Sketch of the medical history of the native army of Bombay, for the year
Year: 1876
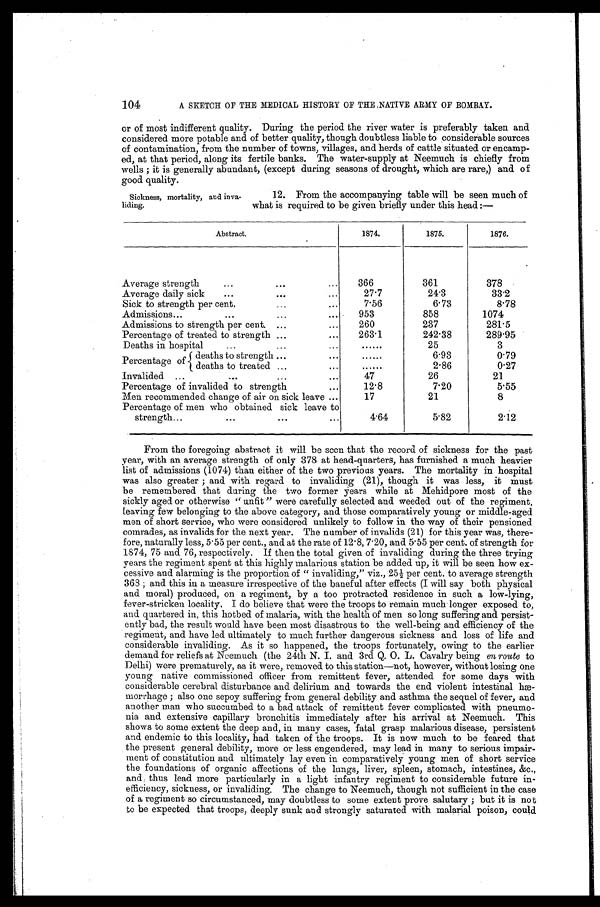
104
A SKETCH OF THE MEDICAL HISTORY OF THE NATIVE ARMY OF BOMBAY.
or of most indifferent quality. During the period the river water is preferably taken and
considered more potable and of better quality, though doubtless liable to considerable sources
of contamination, from the number of towns, villages, and herds of cattle situated or encamp-
ed, at that period, along its fertile banks. The water-supply at Neemuch is chiefly from
wells ; it is generally abundant, (except during seasons of drought, which are rare,) and of
good quality.
Sickness, mortality, and inva-
liding.
12. From the accompanying table will be seen much of
what is required to be given briefly under this head :—
Abstract.
1874.
1875.
1876.
Average strength
. . . . . . . . .
366
361
378
Average daily sick
...
... ...
27.7
24.3
33.2
Sick to strength per cent.
...
...
7.56
6.73
8.78
Admissions...
... ... ...
953
858
1074
Admissions to strength per cent. ...
...
260
237
281.5
Percentage of treated to strength ...
...
263.1
242.38
289.95
Deaths in hospital
...
...
...
......
25
3
Percentage of
deaths to strength ...
...
......
6.93
0.79
deaths to treated ...
...
......
2.86
0 . 2 7
Invalided ...
... ... ...
47
26
21
Percentage of invalided to strength
...
12.8
7.20
5.55
Men recommended change of air on sick leave ...
17
21
8
Percentage of men who obtained sick leave to
strength...
. . . . . . . . .
4.64
5.82
2 . 1 2
From the foregoing abstract it will be seen that the record of sickness for the past
year, with an average strength of only 378 at head-quarters, has furnished a much heavier
list of admissions (1074) than either of the two previous years. The mortality in hospital
was also greater ; and with regard to invaliding (21), though it was less, it must
be remembered that during the two former years while at Mehidpor
e most of the
sickly aged or otherwise “ unfit ” were carefully selected and weeded out of the regiment,
leaving few belonging to the above category, and those comparatively young or middle-aged
men of short service, who were considered unlikely to follow in the way of their pensioned
comrades, as invalids for the next year. The number of invalids (21) for this year was, there
- f o r e , n a t u r a l l y l e s s , 5 . 5 5 p e r c e n t . , a n d a t t h e r a t e o f 1 2 . 8 , 7 . 2 0 , a n d 5 . 5 5 p e r c e n t . o f s t r e n g t h f o r
1874, 75 and 76, respectively. If then the total given of invaliding during the three trying
years the regiment spent at this highly malarious station be added up, it will be seen how ex-
cessive and alarming is the proportion of “ invaliding,” viz., 25½ per cent. to average strength
368 ; and this in a measure irrespective of the baneful after effects (I will say both physical
and moral) produced, on a regiment, by a too protracted residence in such a low-lying,
fever-stricken locality, I do believe that were the troops to remain much longer exposed to,
and quartered in, this hotbed of malaria, with the health of men so long suffering and
p e r s i s t - e n t l y b a d , t h e r e s u l t w o u l d h a v e b e e n m o s t d i s a s t r o u s t o t h e w e l l - b e i n g a n d e f f i c i e n c y o f t h e
regiment, and have led ultimately to much further dangerous sickness and loss of life and
considerable invaliding. As it so happened, the troops fortunately, owing to the earlier
demand for reliefs at Neemuch (the 24th N. I. and 3rd Q. 0. L. Cavalry being en route to
Delhi) were prematurely, as it were, removed to this station—not, however, without losing one
young native commissioned officer from remittent fever, attended for some days with
considerable cerebral disturbance and delirium and towards the end violent intestinal hæ-
morrhage ; also one sepoy suffering from general debility and asthma the sequel of fever, and
another man who succumbed to a bad attack of remittent fever complicated with pneumo
- n i a a n d e x t e n s i v e c a p i l l a r y b r o n c h i t i s i m m e d i a t e l y a f t e r h i s a r r i v a l a t N e e m u c h . T h i s
shows to some extent the deep and, in many cases, fatal grasp malarious disease, persistent
and endemic to this locality, had taken of the troops. It is now much to be feared that
the present general debility, more or less engendered, may lead in many to serious impair
- m e n t o f c o n s t i t u t i o n a n d u l t i m a t e l y l a y e v e n i n c o m p a r a t i v e l y y o u n g m e n o f s h o r t s e r v i c e
the foundations of organic affections of the lungs, liver, spleen, stomach, intestines, &c.,
and thus lead more particularly in a light infantry regiment to considerable future in
- e f f i c i e n c y , s i c k n e s s , o r i n v a l i d i n g . T h e c h a n g e t o N e e m u c h , t h o u g h n o t s u f f i c i e n t i n t h e c a s e
of a regiment so circumstanced, may doubtless to some extent prove salutary ; but it is not
to be expected that troops, deeply sunk and strongly saturated with malarial poison, could